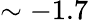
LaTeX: \mathrm{\sim-1.7}